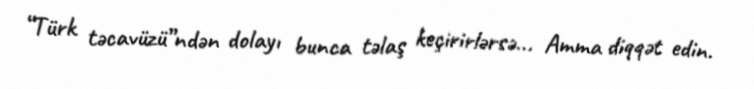
“Türk təcavüzü”ndən dolayı bunca təlaş keçirirlərsə... Amma diqqət edin.